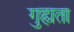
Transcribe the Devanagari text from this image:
गुह्यता